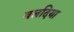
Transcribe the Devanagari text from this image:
बलदिया